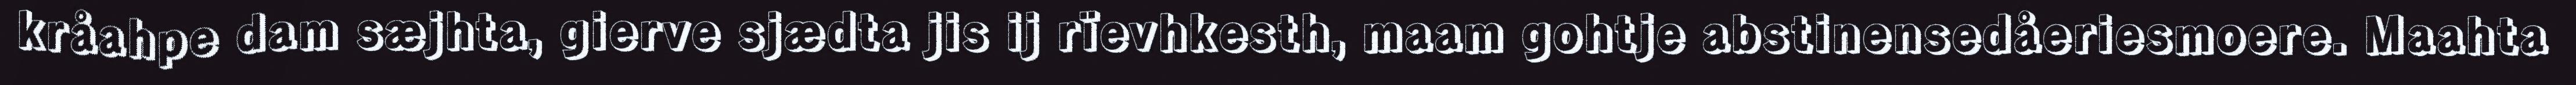
kråahpe dam sæjhta, gierve sjædta jis ij rïevhkesth, maam gohtje abstinensedåeriesmoere. Maahta